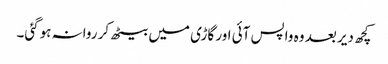
کچھ دیر بعد وہ واپس آئی اور گاڑی میں بیٹھ کر روانہ ہوگئی۔